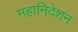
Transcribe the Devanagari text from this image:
महानिदेशन